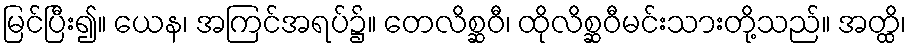
မြင်ပြီး၍။ ယေန၊ အကြင်အရပ်၌။ တေလိစ္ဆဝီ၊ ထိုလိစ္ဆဝီမင်းသားတို့သည်။ အတ္ထိ၊